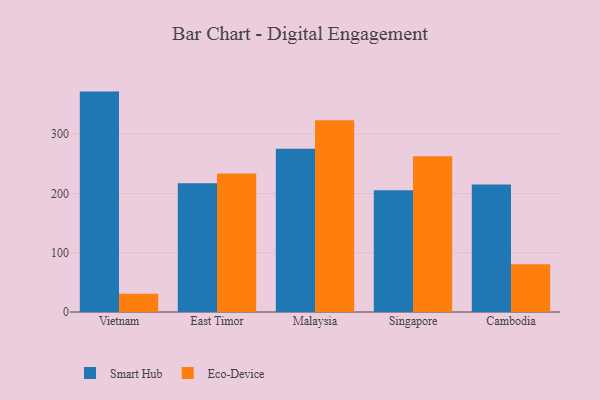
{"axis": {"x": "Country", "y": "Inventory Turnover"}, "legend": ["Eco-Device", "Smart Hub"], "data": [{"x": "Vietnam", "y": 371.9, "type": "Smart Hub"}, {"x": "Vietnam", "y": 31.0, "type": "Eco-Device"}, {"x": "East Timor", "y": 217.1, "type": "Smart Hub"}, {"x": "East Timor", "y": 233.5, "type": "Eco-Device"}, {"x": "Malaysia", "y": 275.6, "type": "Smart Hub"}, {"x": "Malaysia", "y": 323.6, "type": "Eco-Device"}, {"x": "Singapore", "y": 205.4, "type": "Smart Hub"}, {"x": "Singapore", "y": 262.6, "type": "Eco-Device"}, {"x": "Cambodia", "y": 215.0, "type": "Smart Hub"}, {"x": "Cambodia", "y": 80.6, "type": "Eco-Device"}]}